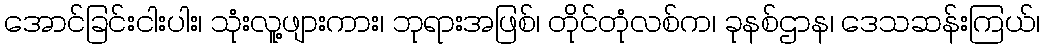
အောင်ခြင်းငါးပါး၊ သုံးလူ့ဖျားကား၊ ဘုရားအဖြစ်၊ တိုင်တုံလစ်က၊ ခုနစ်ဌာန၊ ဒေသဆန်းကြယ်၊